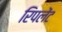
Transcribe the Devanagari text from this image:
रिपलेंट